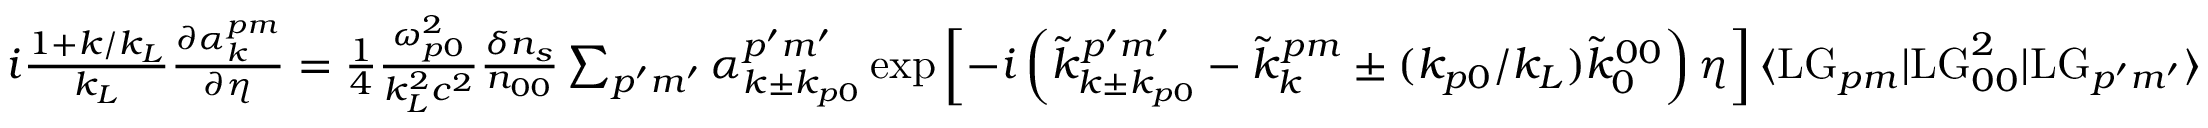
\begin{array} { r l } & { i \frac { 1 + k / k _ { L } } { k _ { L } } \frac { \partial \alpha _ { k } ^ { p m } } { \partial \eta } = \frac { 1 } { 4 } \frac { \omega _ { p 0 } ^ { 2 } } { k _ { L } ^ { 2 } c ^ { 2 } } \frac { \delta n _ { s } } { n _ { 0 0 } } \sum _ { p ^ { \prime } m ^ { \prime } } \alpha _ { k \pm k _ { p 0 } } ^ { p ^ { \prime } m ^ { \prime } } \exp \left[ - i \left( \tilde { k } _ { k \pm k _ { p 0 } } ^ { p ^ { \prime } m ^ { \prime } } - \tilde { k } _ { k } ^ { p m } \pm ( k _ { p 0 } / k _ { L } ) \tilde { k } _ { 0 } ^ { 0 0 } \right) \eta \right] \langle \mathrm { L G } _ { p m } | \mathrm { L G } _ { 0 0 } ^ { 2 } | \mathrm { L G } _ { p ^ { \prime } m ^ { \prime } } \rangle } \end{array}